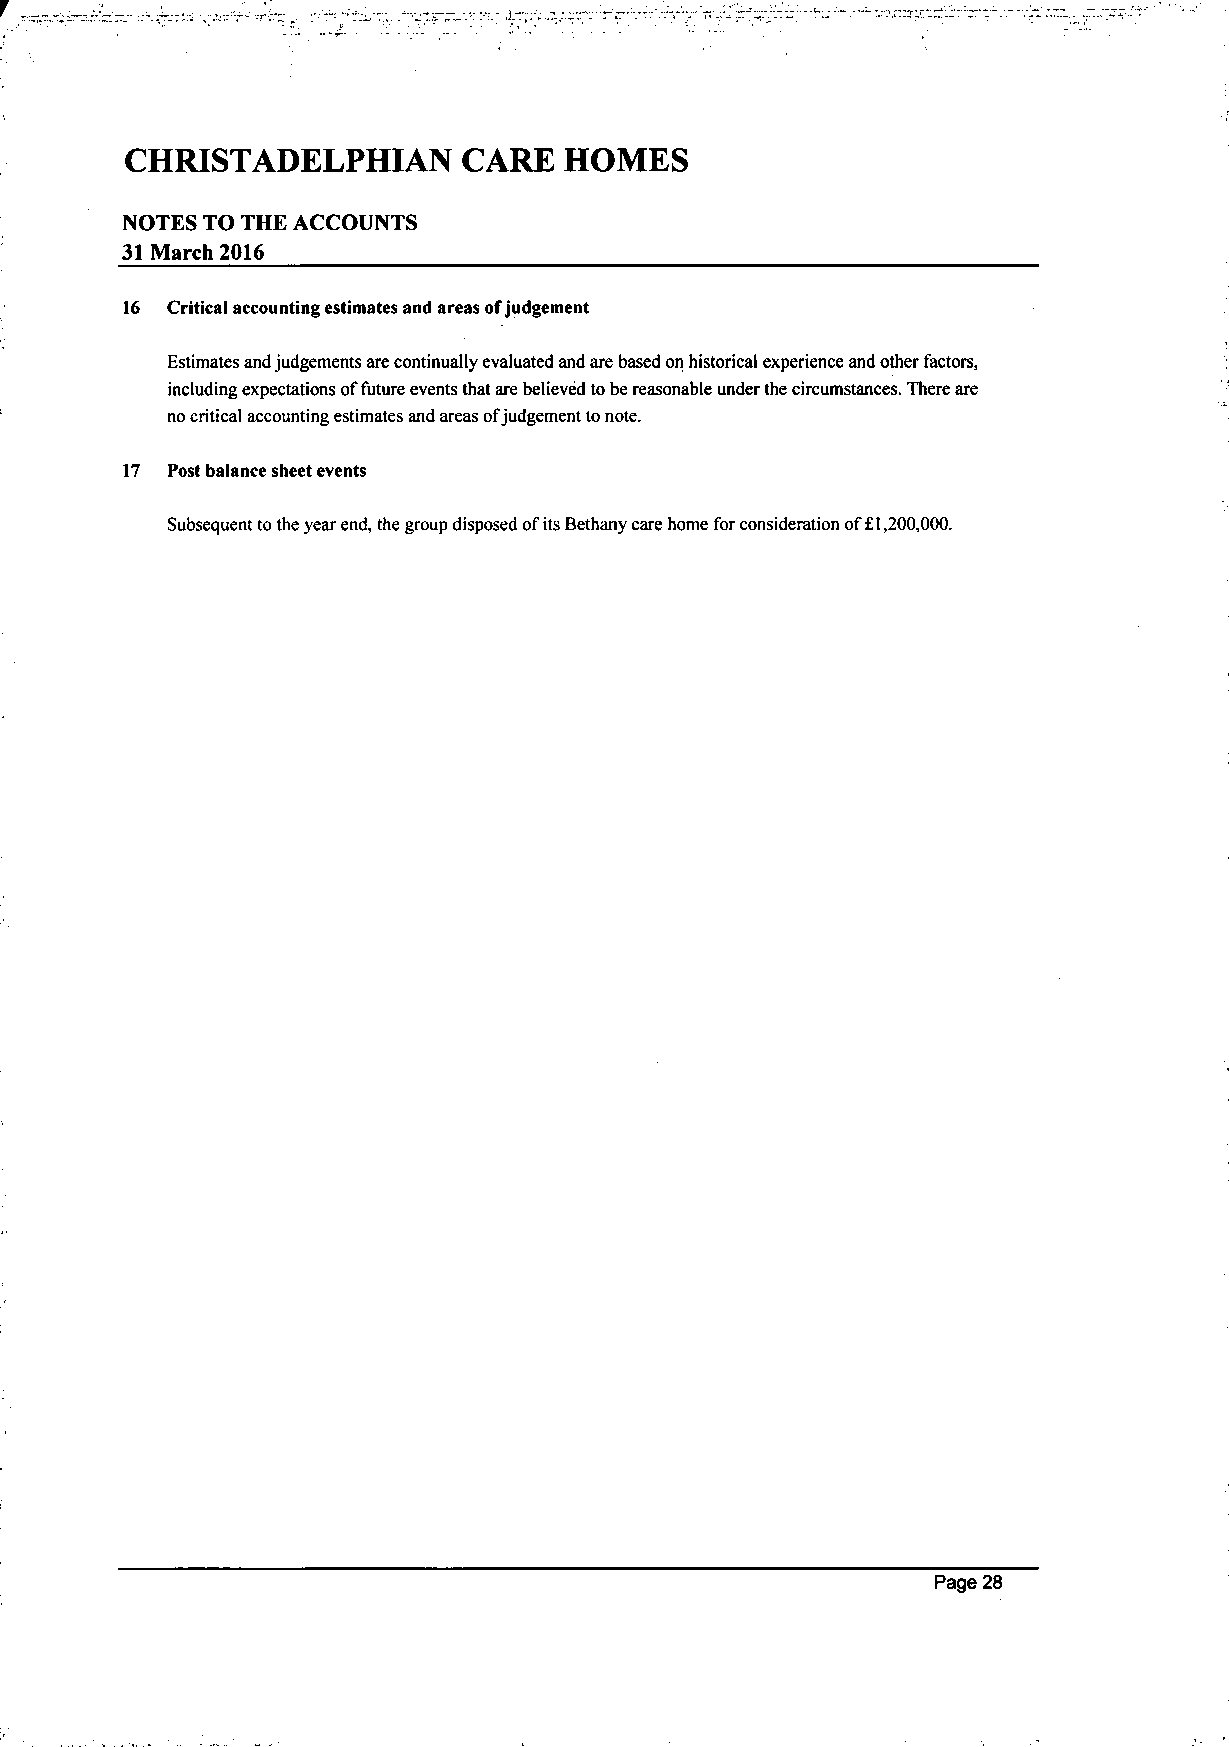
CHRISTADELPHIAN        CARE  HOMES
 NOTES TO THE ACCOUNTS
 31 March 2016
 16 Critical accounting estimates and areas of judgement
 Estimates and judgements are continually evaluated and are based on historical experience and other factors,
 including expectations of future events that are believed to be reasonable under the circumstances. There are
 no critical accounting estimates and areas of judgement to note.
 17 Post balance sheet events
 Subsequent to the year end, the group disposed of its Bethany care home for consideration of £1,200,000.
 Page 28